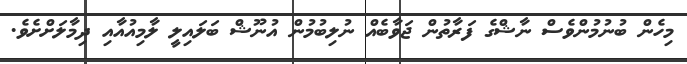
މިހެން ބުނުމުންވެސް ނާޝްގެ ފަރާތުން ޖަވާބެއް ނުލިބުމުން އުނޫޝް ބަލައިލީ ލާމިއުއާއި ދިމާލަށްށެވެ.